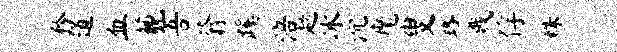
矜道血藐吾蓊蹊涪趑冰沉麾叟珞戮俘株